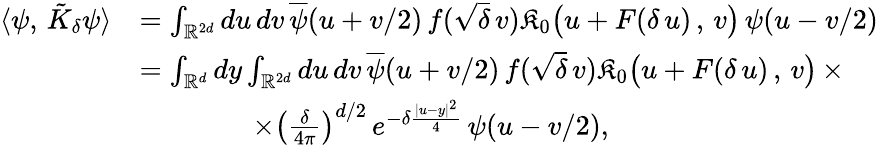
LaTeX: \begin{array}{rl}{\langle\psi,\, \tilde{K}_{\delta}\psi\rangle}&{=\int_{\mathbb{R}^{2d}}du\, dv\, \overline{{\psi}}(u+v/2)\, f(\sqrt{\delta}\, v)\mathfrak{K}_{0}\big(u+F(\delta\, u)\, ,\, v\big)\, {\psi}(u-v/2)}\\ &{=\int_{\mathbb{R}^{d}}dy\int_{\mathbb{R}^{2d}}du\, dv\, \overline{{\psi}}(u+v/2)\, f(\sqrt{\delta}\, v)\mathfrak{K}_{0}\big(u+F(\delta\, u)\, ,\, v\big)\, \times}\\ &{\qquad\qquad\times\left(\frac{\delta}{4\pi}\right)^{d/2}\, e^{-\delta\frac{|u-y|^{2}}{4}}\, {\psi}(u-v/2),}\end{array}